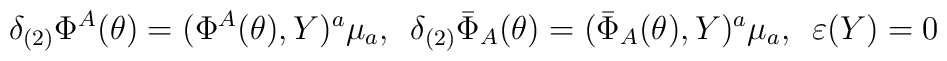
\delta_{(2)}\Phi^A(\theta)=(\Phi^A(\theta),Y)^a\mu_a,\,\,\, \delta_{(2)}\bar{\Phi}_A(\theta)=(\bar{\Phi}_A(\theta),Y)^a\mu_a,\,\,\, \varepsilon(Y)=0